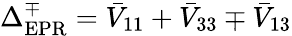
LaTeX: \Delta_{\mathrm{EPR}}^{\mp}=\bar{V}_{11}+\bar{V}_{33}\mp\bar{V}_{13}